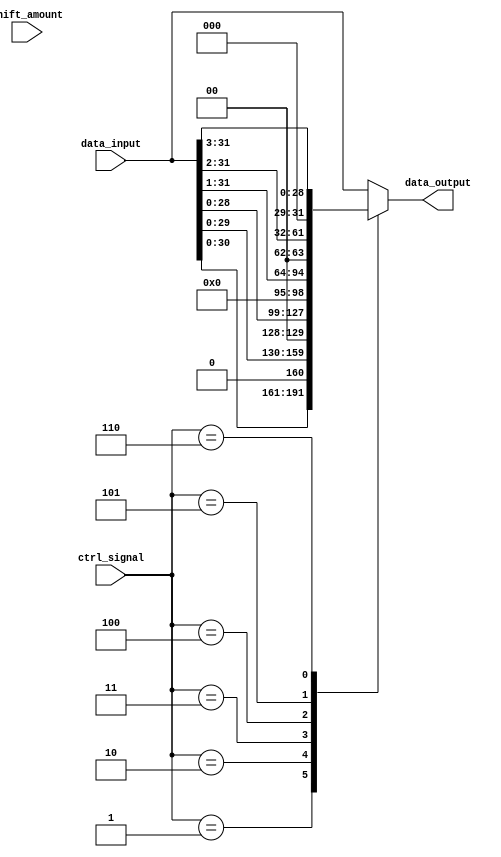
module sparse_barrel_shifter (
    input [31:0] data_input,
    input [3:0] shift_amount,
    input [3:0] ctrl_signal,
    output reg [31:0] data_output
);

always @(*) begin
    case (ctrl_signal)
        4'b0000: begin // No shift
            data_output = data_input;
        end
        4'b0001: begin // Shift left by 1 position
            data_output = data_input << 1;
        end
        4'b0010: begin // Shift left by 2 positions
            data_output = data_input << 2;
        end
        4'b0011: begin // Shift left by 3 positions
            data_output = data_input << 3;
        end
        4'b0100: begin // Shift right by 1 position
            data_output = data_input >> 1;
        end
        4'b0101: begin // Shift right by 2 positions
            data_output = data_input >> 2;
        end
        4'b0110: begin // Shift right by 3 positions
            data_output = data_input >> 3;
        end
        // Add cases for additional shift amounts as needed
        default: begin
            data_output = data_input;
        end
    endcase
end

endmodule